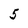
Character: 5